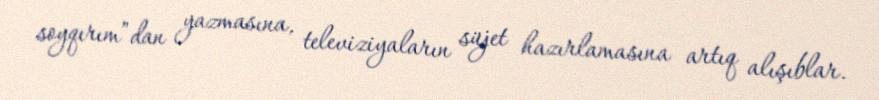
soyqırım”dan yazmasına, televiziyaların süjet hazırlamasına artıq alışıblar.